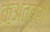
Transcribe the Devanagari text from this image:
कुअत्त्रो